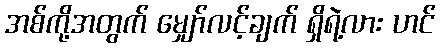
အစ်ကို့အတွက် မျှော်လင့်ချက် ရှိရဲ့လား ဟင်